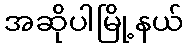
အဆိုပါမြို့နယ်